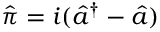
\hat { \pi } = i ( \hat { a } ^ { \dag } - \hat { a } )